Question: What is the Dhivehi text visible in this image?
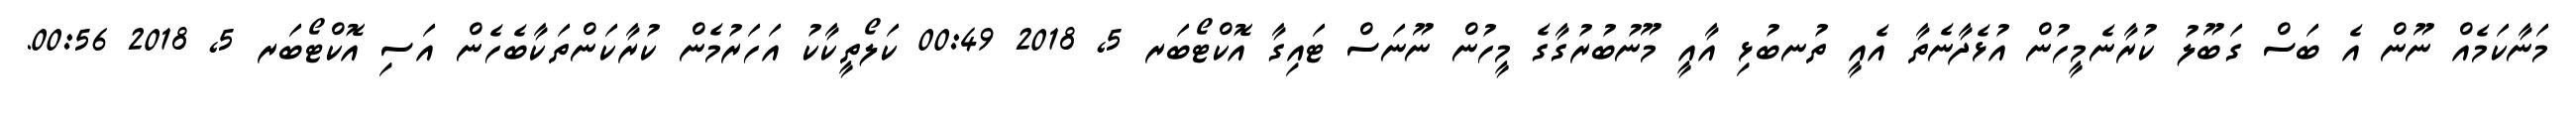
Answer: މަނާކަމެއް ނޫން އެ ބަސް ގަބޫލު ކުރާނެމީހުން އުޅެދާނެތާ އެއީ ތުނބުޅި އާއީ މޫނުބުރުގާގެ މީހުން ނޫނަސް ޓައިގާ އޮކްޓޯބަރ 5, 2018 00:49 ކަލޯތީކާކު އަހަރުމެން ކުރާކަންތަކާބެހެން އަސި އޮކްޓޯބަރ 5, 2018 00:56.